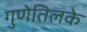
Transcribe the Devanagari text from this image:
गुणेतिलके